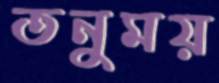
তনুময়